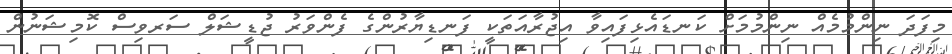
މިފަދަ ނިންމުމެއް ނިންމުމަށް ކަނޑައެޅިފައިވާ އިޖުރާއަތަކީ ފަނޑިޔާރުންގެ ފެންވަރު ޖުޑީޝަލް ސަރވިސް ކޮމިޝަނުން